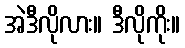
အဲဒီလိုလား။ ဒီလိုကိုး။